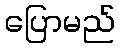
ပြောမည်